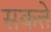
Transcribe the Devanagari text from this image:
सकत्ते